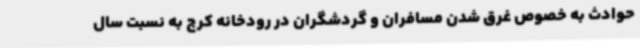
حوادث به خصوص غرق شدن مسافران و گردشگران در رودخانه کرج به نسبت سال